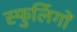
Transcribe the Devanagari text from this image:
स्फुर्लिगों